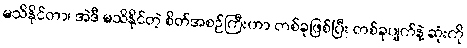
မသိနိုင်တာ၊ အဲဒီ မသိနိုင်တဲ့ စိတ်အစဉ်ကြီးဟာ တစ်ခုဖြစ်ပြီး တစ်ခုပျက်နဲ့ ဆုံးကို